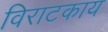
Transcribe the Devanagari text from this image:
विराटकाय